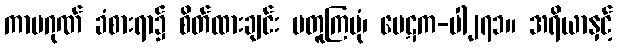
ကာမဂုဏ် ခံစားရာ၌ စိတ်ထားချင်း မတူကြပုံ၊ ပေဋက-ပါ၂၇၁။ အရိယာနှင့်